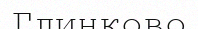
Глинково